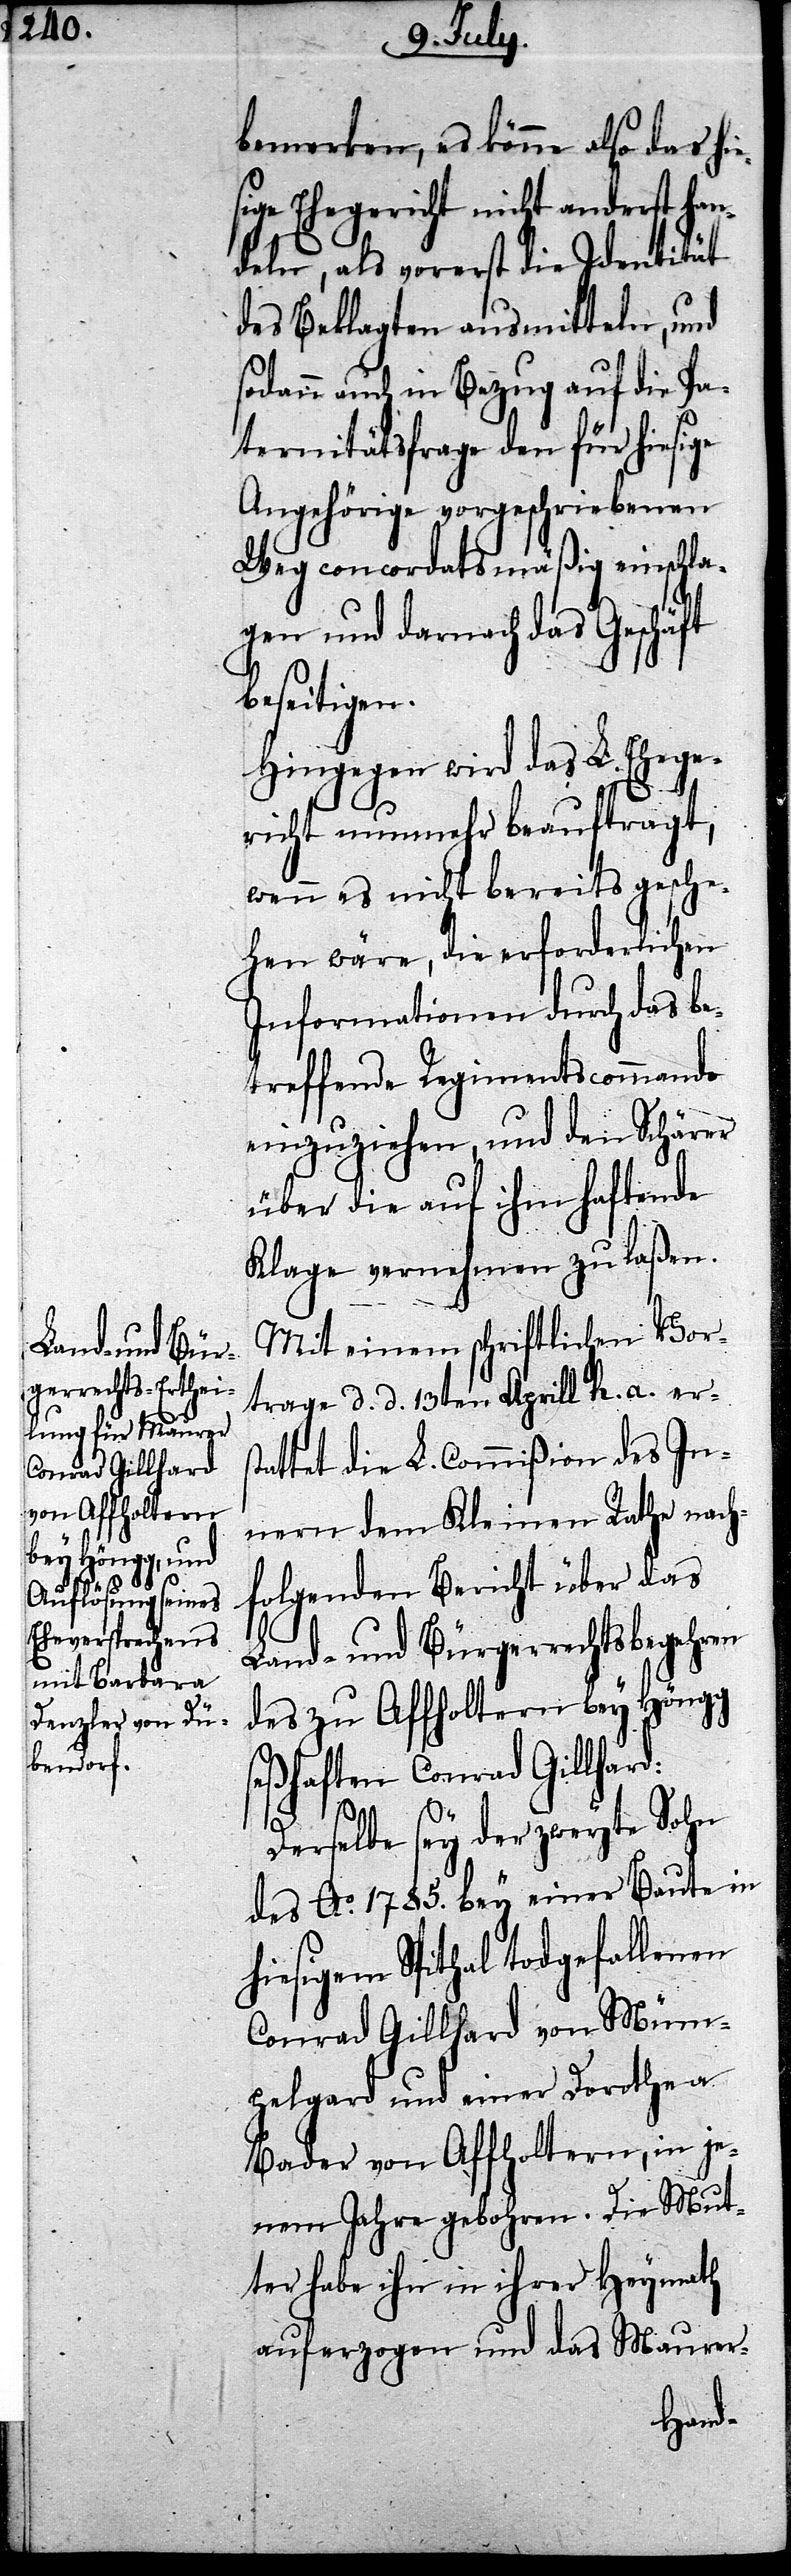
bemerken, es könne also das hie¬
sige Ehegericht nicht anderst han¬
deln, als vorerst die Identität
des Beklagten ausmitteln, und
sodann auch in Bezug auf die Pa¬
ternitätsfrage den für hiesige
Angehörige vorgeschriebenen
Weg concordatsmäßig einschla¬
gen und darnach das Geschäft
beseitigen.
Hingegen wird das L. Ehege¬
richt nunmehr beauftragt,
wenn es nicht bereits gesche¬
hen wäre, die erforderlichen
Informationen durch das be¬
treffende Regimentscommando
einzuziehen, und den Schärer
über die auf ihm haftende
Klage vernehmen zu laßen.
Mit einem schriftlichen Vor¬
trage d. d. 13ten Aprill h. a. ers¬
tattet die L. Commißion des In¬
nern dem Kleinen Rathe nach¬
folgenden Bericht über das
Land- und Bürgerrechtsbegehren
des zu Affholtern bey Höngg
seßhaften Conrad Gillhard:
Derselbe sey der zweyte Sohn
des Ao. 1785. bey einer Baute in
hiesigem Spithal todgefallenen
Conrad Gillhard von Müm¬
pelgard und einer Dorothea
Bader von Affholtern, in je¬
nem Jahre gebohren. Die Mut¬
ter habe ihn in ihrer Heymath
auferzogen und das Maurer-